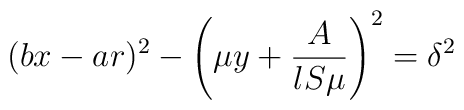
(bx-ar)^2-\left(\mu y+\frac{A}{lS\mu}\right)^2=\delta^2